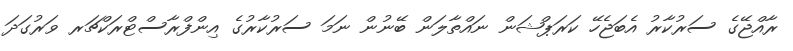
ރާއްޖޭގެ ސަރުކާރު އެބަޖެހޭ ކަރަޕްޝަން ނައްތާލަން ބޭނުން ނަމަ ސަރުކާރުގެ އިންފްރާސްޓްރަކްޗަރ ވަރުގަދަ